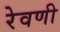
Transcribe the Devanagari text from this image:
रेवणी